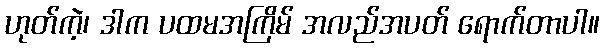
ဟုတ်ကဲ့၊ ဒါက ပထမအကြိမ် အလည်အပတ် ရောက်တာပါ။